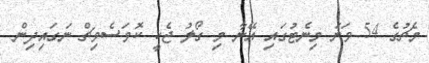
މެޗުގެ 54 ވަނަ މިނެޓުގައި އޭނާ މި ގޯލު ޖެހީ ކޮވަސެވިޗް ނަގައިދިން